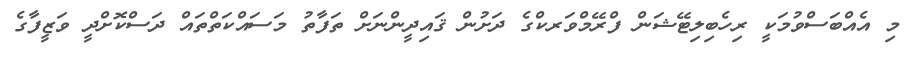
މި އެއްބަސްވުމަކީ ރިހެބިލިޓޭޝަން ފްރޭމްވަރކްގެ ދަށުން ޤައިދީންނަށް ތަފާތު މަސައްކަތްތައް ދަސްކޮށްދީ ވަޒީފާގެ